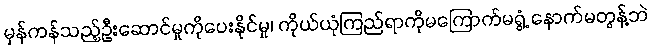
မှန်ကန်သည့်ဦးဆောင်မှုကိုပေးနိုင်မှု၊ ကိုယ်ယုံကြည်ရာကိုမကြောက်မရွံ့ နောက်မတွန့်ဘဲ